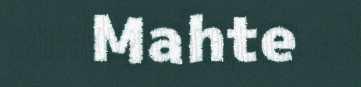
Mahte